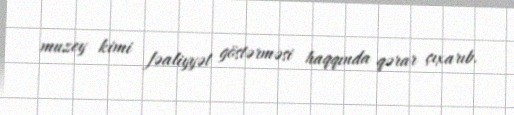
muzey kimi fəaliyyət göstərməsi haqqında qərar çıxarıb.